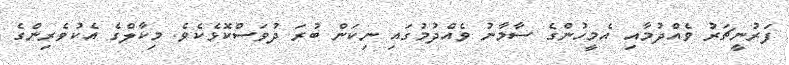
ފަރުނީޗަރު ވެއްދުމާއި އެމީހުންގެ ސާމާނު ވެއްދުމުގައި ނިކަން ބުރަ ދުވަސްކޮޅެކެވެ. މިކާލްގެ އެކުވެރިންގެ